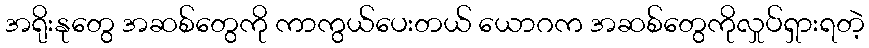
အရိုးနုတွေ အဆစ်တွေကို ကာကွယ်ပေးတယ် ယောဂက အဆစ်တွေကိုလှုပ်ရှားရတဲ့